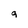
Character: q